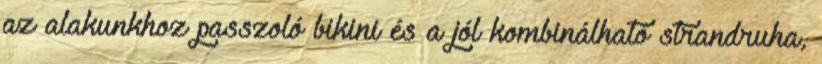
az alakunkhoz passzoló bikini és a jól kombinálható strandruha,